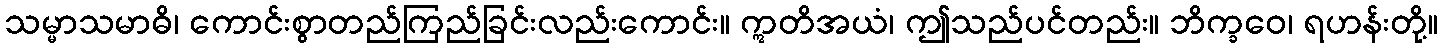
သမ္မာသမာဓိ၊ ကောင်းစွာတည်ကြည်ခြင်းလည်းကောင်း။ ဣတိအယံ၊ ဤသည်ပင်တည်း။ ဘိက္ခဝေ၊ ရဟန်းတို့။